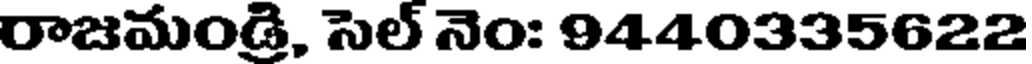
రాజమండ్రి, సెల్ నెం: 9440335622